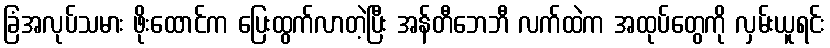
ခြံအလုပ်သမား ဖိုးထောင်က ပြေးထွက်လာတဲ့ပြီး အန်တီဘေဘီ လက်ထဲက အထုပ်တွေကို လှမ်းယူရင်း